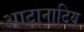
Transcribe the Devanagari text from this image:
आटानाटिय